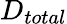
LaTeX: D_{total}